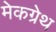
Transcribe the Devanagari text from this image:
मेकग्रेथ